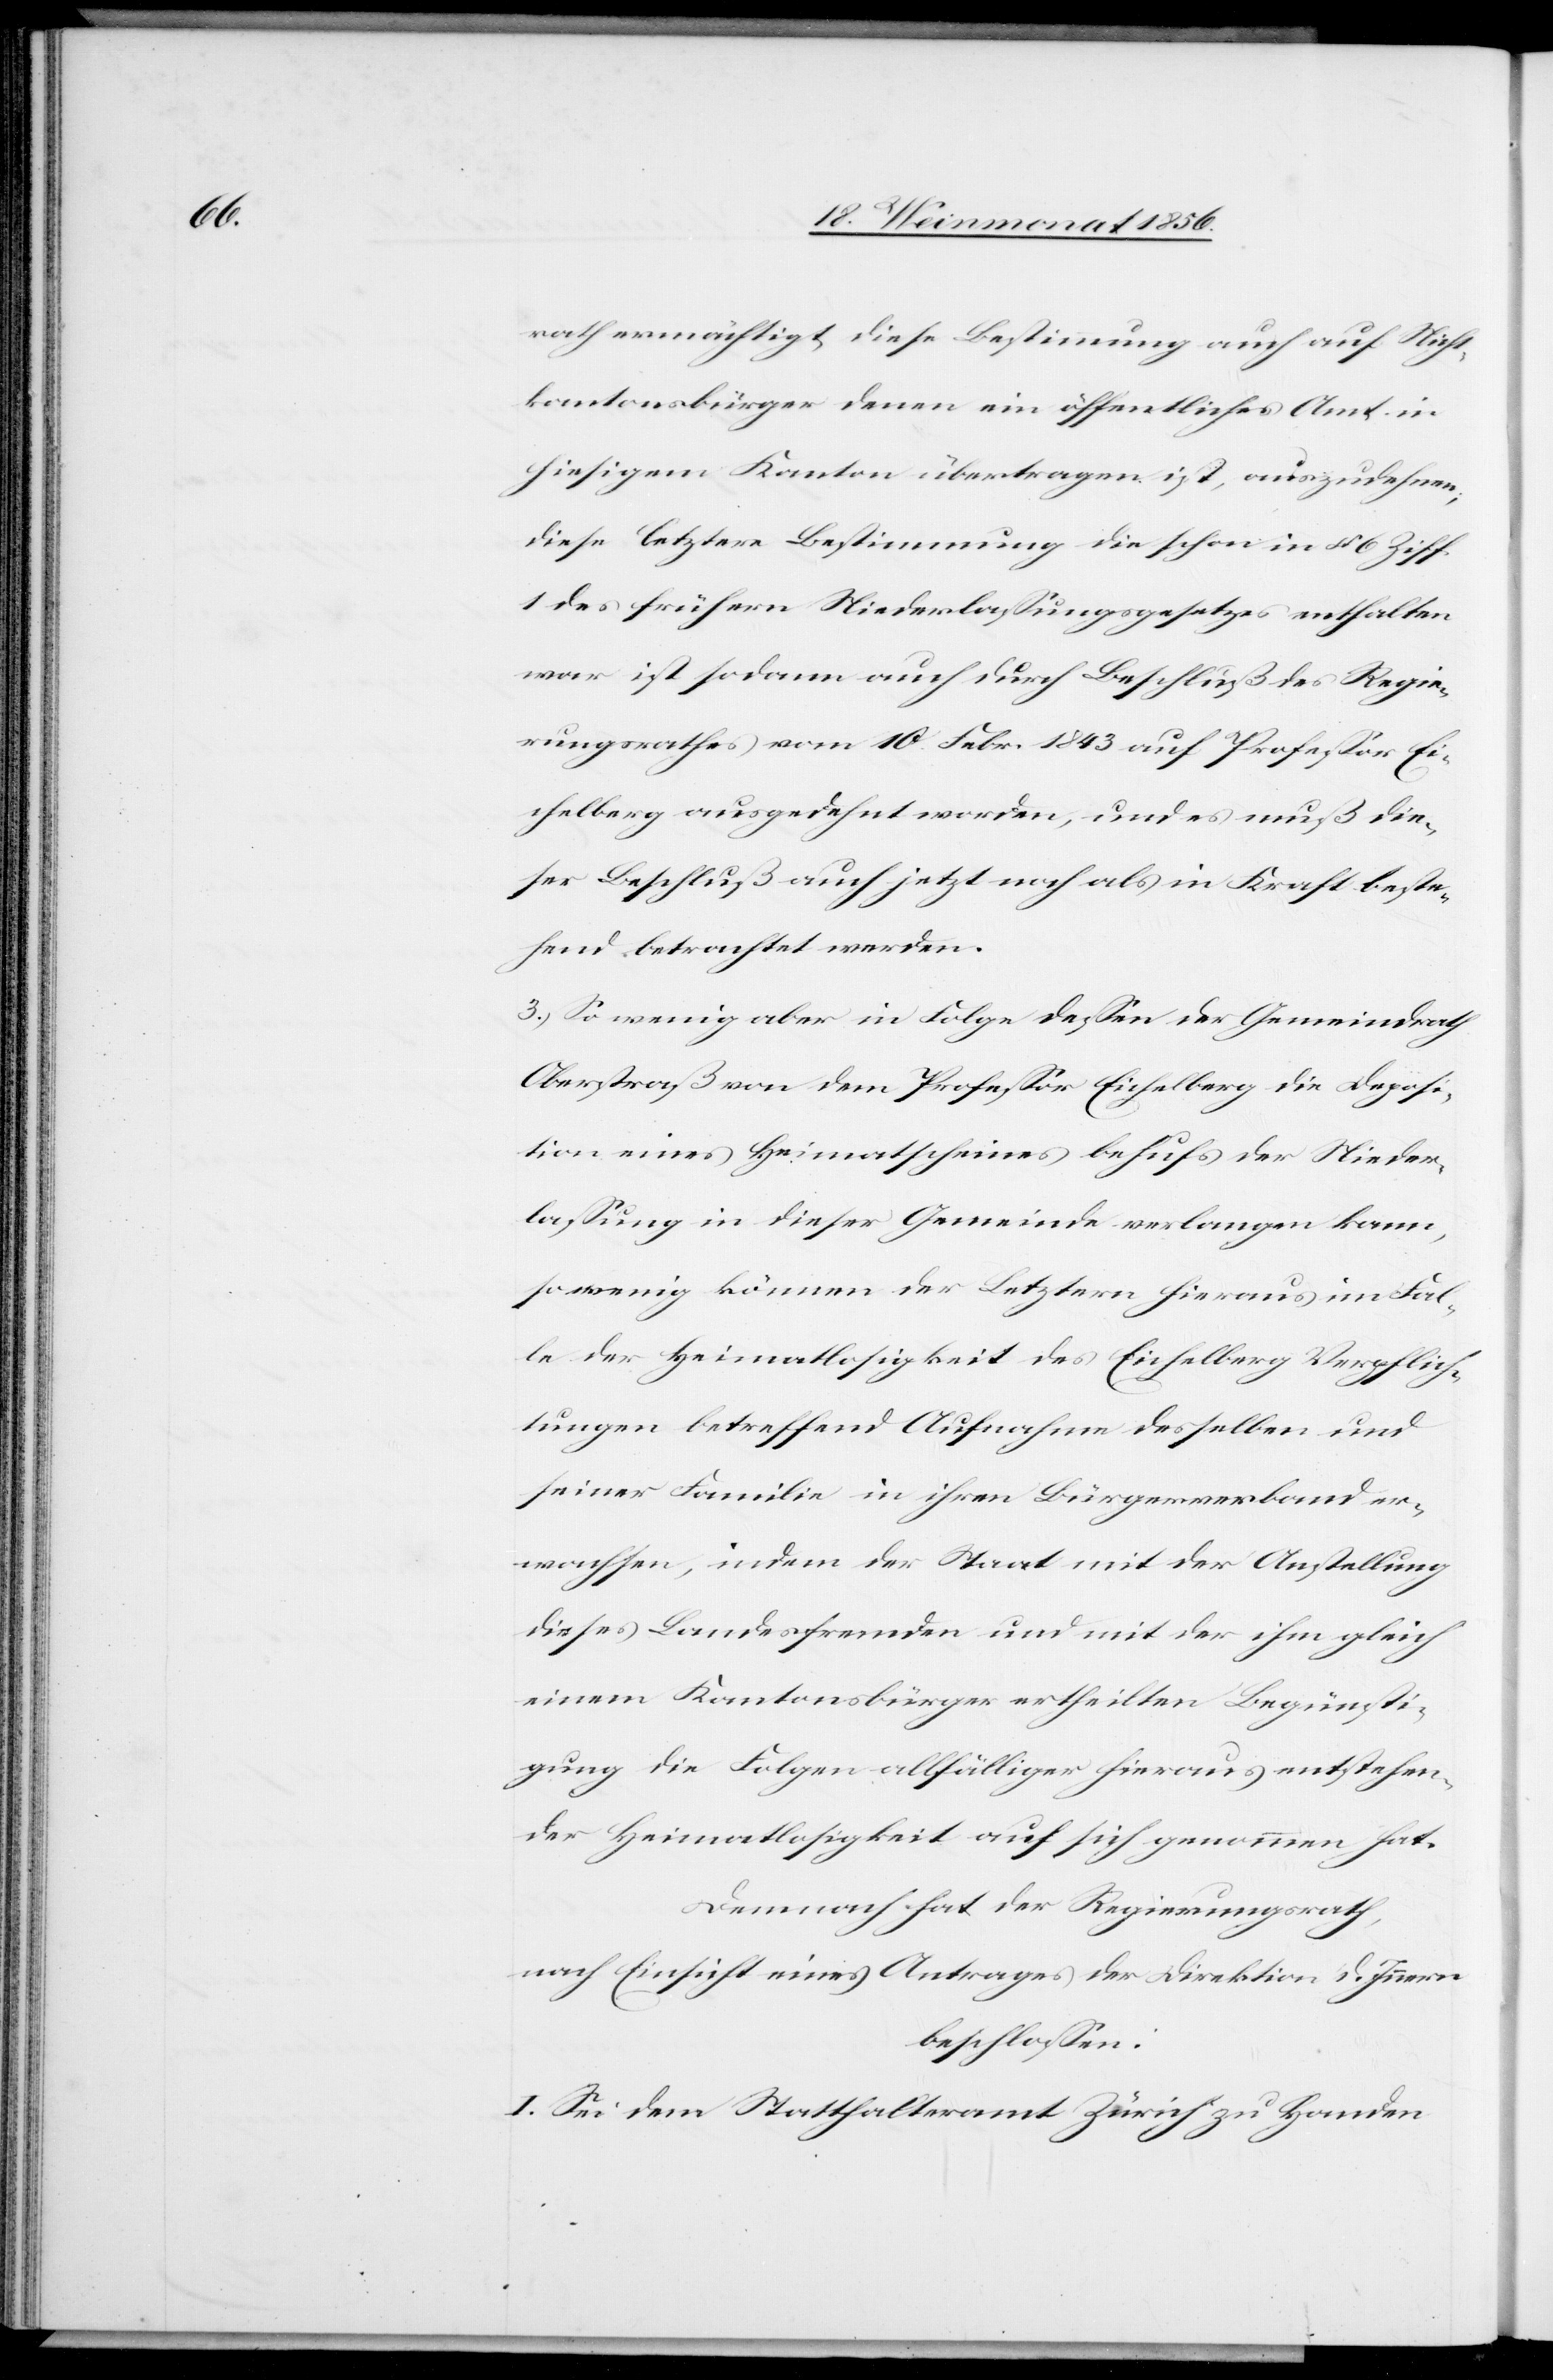
rath ermächtigt diese Bestimmung auch auf Nicht¬
kantonsbürger denen ein öffentliches Amt in
hiesigem Kanton übertragen ist, auszudehnen;
diese letztere Bestimmung die schon in § 6 Ziff.
1 des frühern Niederlassungsgesetzes enthalten
war ist sodann auch durch Beschluß des Regie¬
rungsrathes vom 10. Febr. 1843 auf Professor Ei¬
chelberg ausgedehnt worden, und es muß die¬
ser Beschluß auch jetzt noch als in Kraft beste¬
hend betrachtet werden.
3.) So wenig aber in Folge dessen der Gemeindrath
Oberstraß von dem Professor Eichelberg die Deposi¬
tion eines Heimatscheines behufs der Nieder¬
lassung in dieser Gemeinde verlangen kann,
so wenig könne der Letztern hieraus im Fal¬
le der Heimatlosigkeit des Eichelberg Verpflich¬
tungen betreffend Aufnahme desselben und
seiner Familie in ihren Bürgerverband er¬
wachsen, indem der Staat mit der Anstellung
dieses Landesfremden und mit der ihm gleich
einem Kantonsbürger ertheilten Begünsti¬
gung die Folgen allfälliger hieraus entstehen¬
der Heimatlosigkeit auf sich genommen hat.
Demnach hat der Regierungsrath,
nach Einsicht eines Antrages der Direktion des Innern
beschlossen:
I. Sei dem Statthalteramt Zürich zu Handen